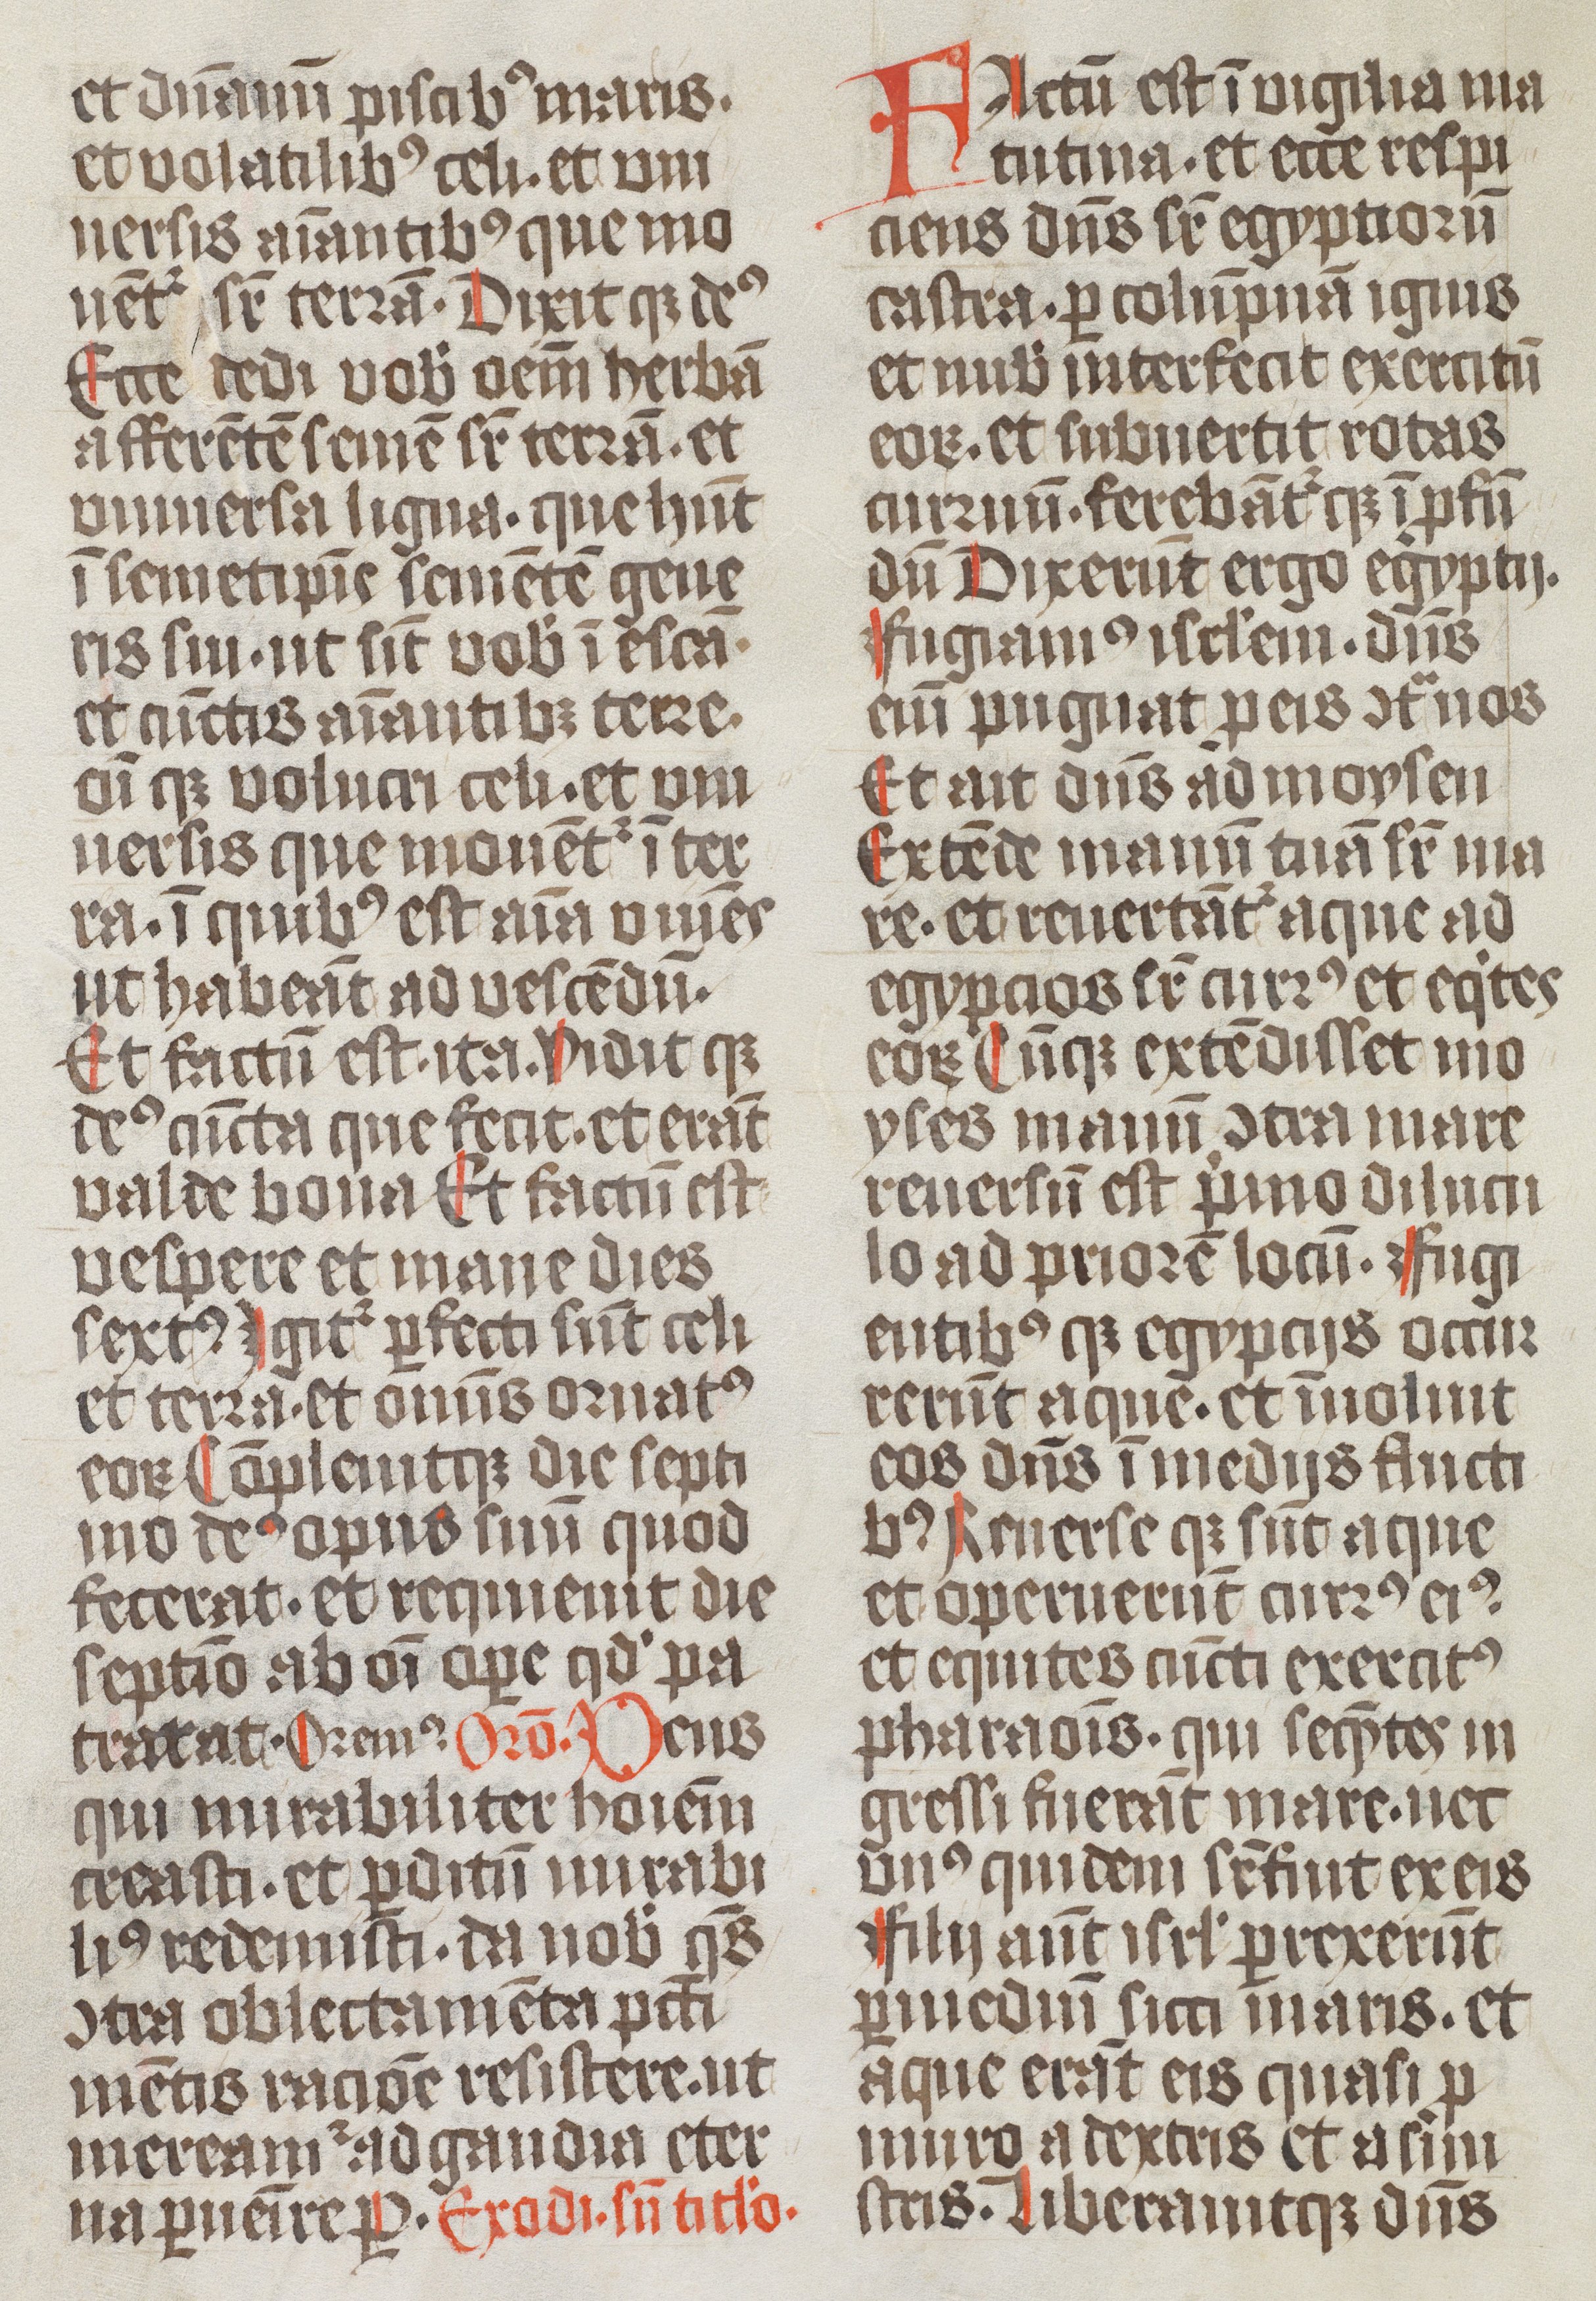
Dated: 1474–1476